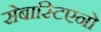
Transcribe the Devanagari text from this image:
सेबास्टिएनो